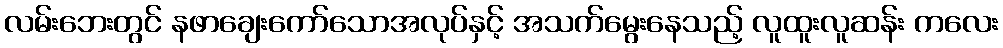
လမ်းဘေးတွင် နဖာချေးကော်သောအလုပ်နှင့် အသက်မွေးနေသည့် လူထူးလူဆန်း ကလေး